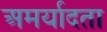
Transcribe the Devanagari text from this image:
अमर्यादता